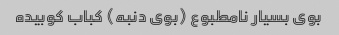
بوی بسیار نامطبوع (بوی دنبه) کباب کوبیده